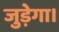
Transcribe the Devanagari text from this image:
जुड़ेगा।